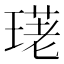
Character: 𤧳